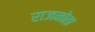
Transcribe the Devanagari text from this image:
राजनोता